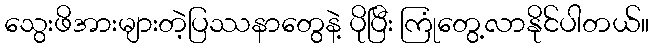
သွေးဖိအားများတဲ့ပြဿနာတွေနဲ့ ပိုပြီး ကြုံတွေ့လာနိုင်ပါတယ်။